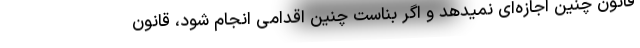
قانون چنین اجازه‌ای نمیدهد و اگر بناست چنین اقدامی انجام شود، قانون